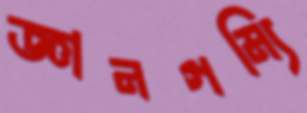
জ্ঞানগম্যি